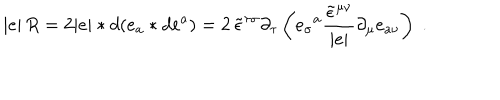
| e | \, R = 2 | e | \ast d ( e _ { a } \ast d e ^ { a } ) = 2 \, \tilde { \epsilon } ^ { \tau \sigma } \partial _ { \tau } \left( e _ { \sigma } { } ^ { a } \frac { \tilde { \epsilon } ^ { \mu \nu } } { | e | } \partial _ { \mu } e _ { a \nu } \right) \; .